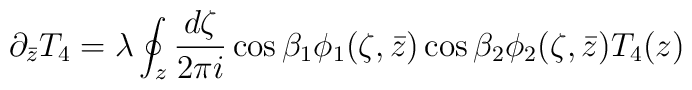
\partial_{\bar{z}}T_4 = \lambda \oint_z \frac{d\zeta}{2\pi i}  \cos{\beta}_1\phi_1(\zeta,\bar{z}) \cos{\beta}_2\phi_2(\zeta,\bar{z}) T_4(z)